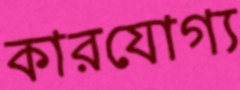
কারযোগ্য